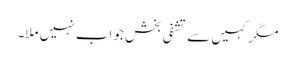
مگر کہیں سے تشفی بخش جواب نہیں ملا۔